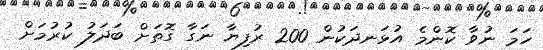
ހަމަ ނުވާ ކޮންމެ އުޅަނދަކުން 200 ރުފިޔާ ނަގާ ގޮތަށް ބަދަލު ކުރުމަށް